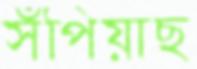
সঁপিয়াছ